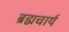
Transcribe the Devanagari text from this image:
ब्रह्मचार्य